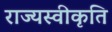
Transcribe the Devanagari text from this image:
राज्यस्वीकृति